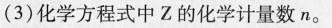
(3)化学方程式中Z的化学计量数n。